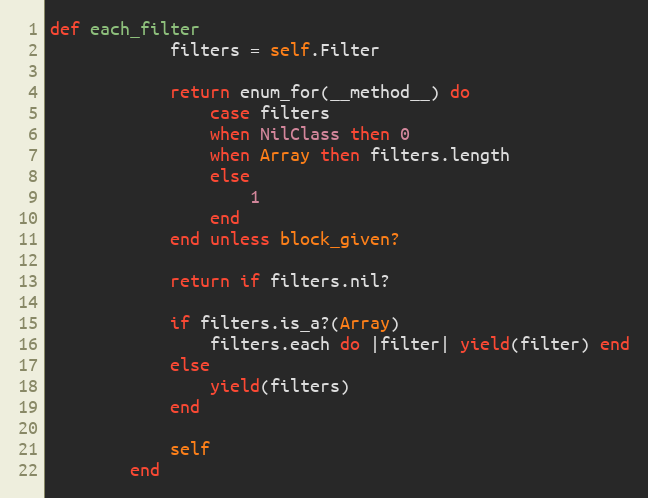
Language: Ruby
def each_filter
            filters = self.Filter

            return enum_for(__method__) do
                case filters
                when NilClass then 0
                when Array then filters.length
                else
                    1
                end
            end unless block_given?

            return if filters.nil?

            if filters.is_a?(Array)
                filters.each do |filter| yield(filter) end
            else
                yield(filters)
            end

            self
        end